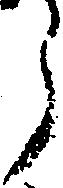
う